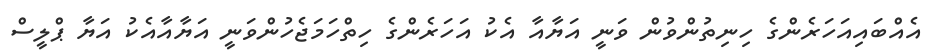
އެއްބައިއަހަރެންގެ ހިނިތުންވުން ވަނީ އަޔާއާ އެކު އަހަރެންގެ ހިތްހަމަޖެހުންވަނީ އަޔާއާއެކު އަޔާ ޕްލީސް